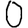
Digit: 0